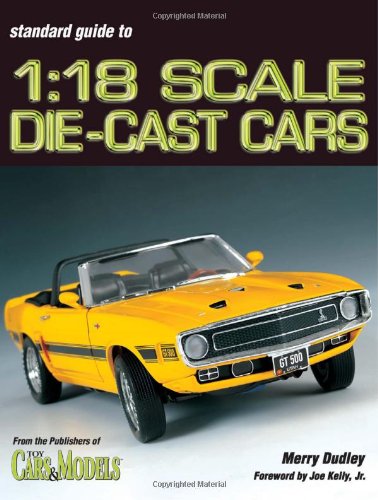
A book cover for Standard Guide to 1: 18 Scale Die-Cast Cars; Merry Dudley; Crafts, Hobbies & Home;